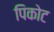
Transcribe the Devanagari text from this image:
पिकोट